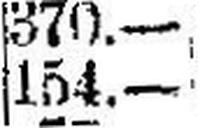
154.—